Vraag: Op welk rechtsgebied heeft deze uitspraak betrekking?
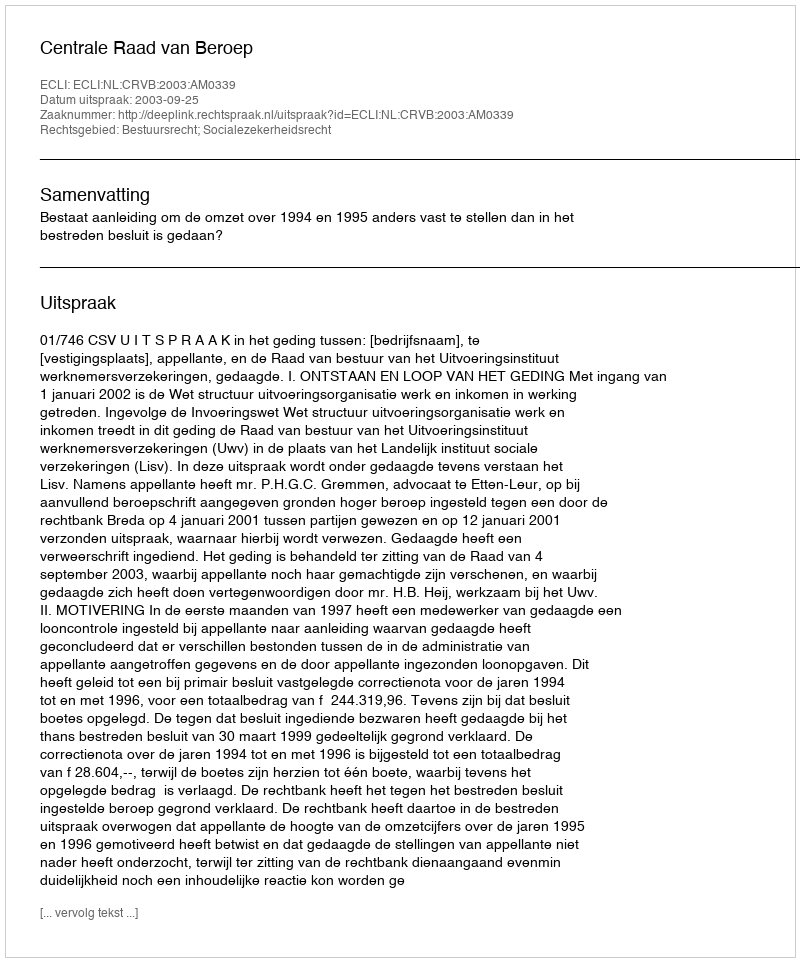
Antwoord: Bestuursrecht; Socialezekerheidsrecht